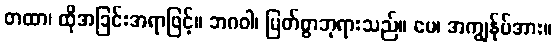
တထာ၊ ထိုအခြင်းအရာဖြင့်။ ဘဂဝါ၊ မြတ်စွာဘုရားသည်။ မေ၊ အကျွန်ုပ်အား။